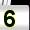
Digit: 5